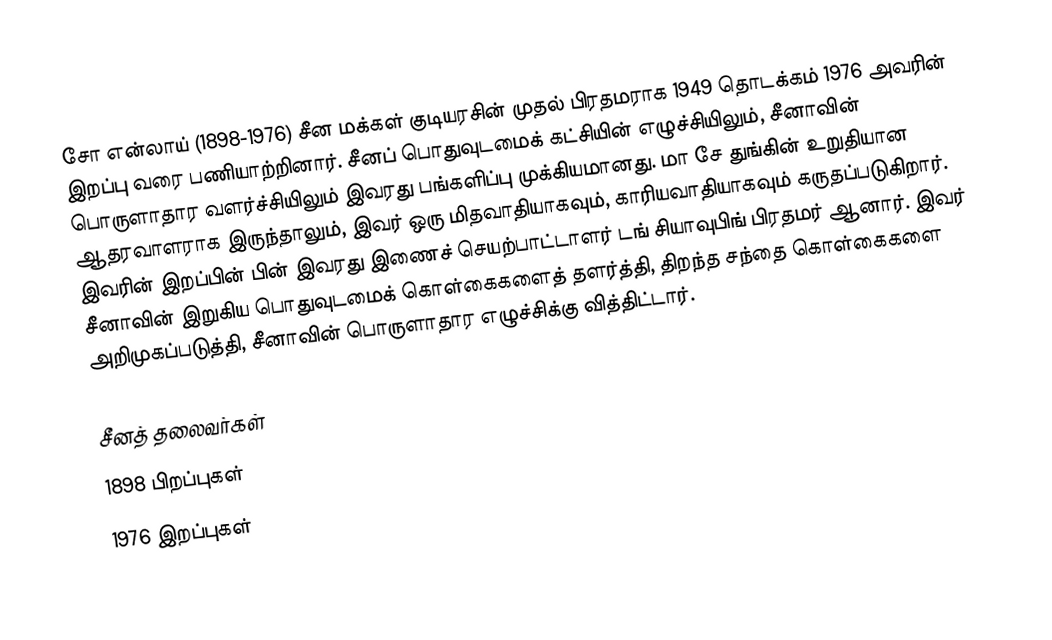
சோ என்லாய் (1898-1976) சீன மக்கள் குடியரசின் முதல் பிரதமராக 1949 தொடக்கம் 1976 அவரின் இறப்பு வரை பணியாற்றினார். சீனப் பொதுவுடமைக் கட்சியின் எழுச்சியிலும், சீனாவின் பொருளாதார வளர்ச்சியிலும் இவரது பங்களிப்பு முக்கியமானது. மா சே துங்கின் உறுதியான ஆதரவாளராக இருந்தாலும், இவர் ஒரு மிதவாதியாகவும், காரியவாதியாகவும் கருதப்படுகிறார். இவரின் இறப்பின் பின் இவரது இணைச் செயற்பாட்டாளர் டங் சியாவுபிங் பிரதமர் ஆனார். இவர் சீனாவின் இறுகிய பொதுவுடமைக் கொள்கைகளைத் தளர்த்தி, திறந்த சந்தை கொள்கைகளை அறிமுகப்படுத்தி, சீனாவின் பொருளாதார எழுச்சிக்கு வித்திட்டார்.

சீனத் தலைவர்கள்
1898 பிறப்புகள்
1976 இறப்புகள்